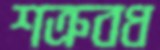
শত্রুবধ